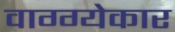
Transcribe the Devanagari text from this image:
वाग्ग्येकार